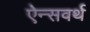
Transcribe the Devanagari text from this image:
ऐन्सवर्थ